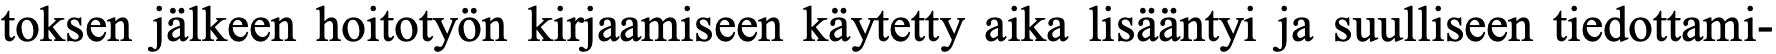
toksen jälkeen hoitotyön kirjaamiseen käytetty aika lisääntyi ja suulliseen tiedottami-